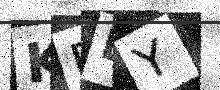
Text: KBEY